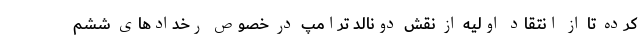
کرده تا از انتقاد اولیه از نقش دونالد ترامپ در خصوص رخدادهای ششم